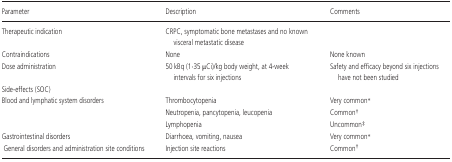
<table><thead><tr><td><b>Parameter</b></td><td><b>Description</b></td><td><b>Comments</b></td></tr></thead><tbody><tr><td>Therapeutic indication</td><td>CRPC, symptomatic bone metastases and no known visceral metastatic disease</td><td></td></tr><tr><td>Contraindications</td><td>None</td><td>None known</td></tr><tr><td>Dose administration</td><td>50 kBq (1·35 μCi)/kg body weight, at 4-week intervals for six injections</td><td>Safety and efficacy beyond six injections have not been studied</td></tr><tr><td>Side-effects (SOC)</td><td></td><td></td></tr><tr><td>Blood and lymphatic system disorders</td><td>Thrombocytopenia</td><td>Very common*</td></tr><tr><td></td><td>Neutropenia, pancytopenia, leucopenia</td><td>Common†</td></tr><tr><td></td><td>Lymphopenia</td><td>Uncommon‡</td></tr><tr><td>Gastrointestinal disorders</td><td>Diarrhoea, vomiting, nausea</td><td>Very common*</td></tr><tr><td>General disorders and administration siteconditions</td><td>Injection site reactions</td><td>Common†</td></tr></tbody></table>